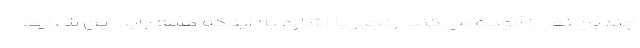
چندین نفر را آلوده می‌کند. رنجبر با اشاره به اینکه همه باید این شرایط